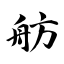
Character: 舫